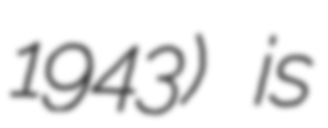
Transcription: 1943) is